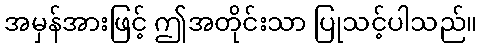
အမှန်အားဖြင့် ဤအတိုင်းသာ ပြုသင့်ပါသည်။